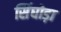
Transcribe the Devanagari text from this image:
सिंघोड़ा